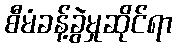
စီမံခန့်ခွဲမှုဆိုင်ရာ